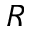
R